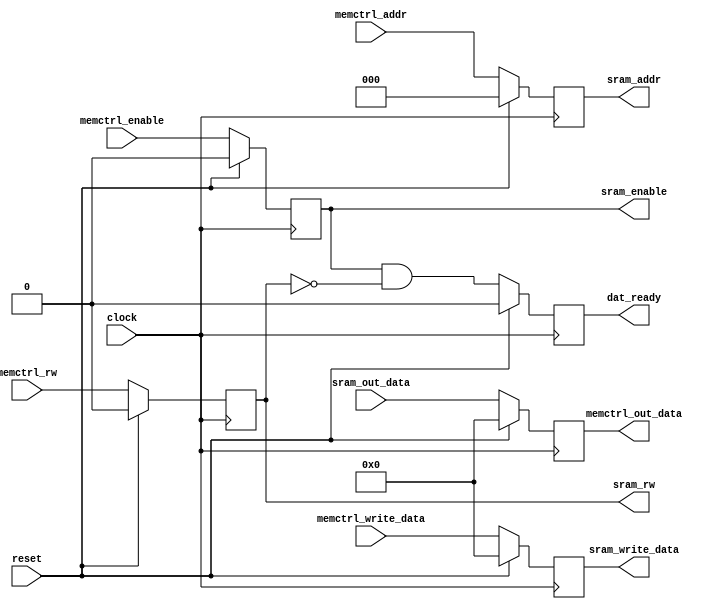
/*
 * Name: sram_controller.v
 * Date/Time: 10/28/2018 02:00
 * ECE564 Final Project Pipelined SRAM Controller
 */

module sram_controller	#(parameter ADDR_WIDTH = 3,
			  parameter DATA_WIDTH = 32)

			 //Input to the SRAM Controller
			(input clock,
			 input reset,
			 input memctrl_enable,
			 input memctrl_rw,
			 input [ADDR_WIDTH-1:0] memctrl_addr,
			 input [DATA_WIDTH-1:0] memctrl_write_data,

			 //Input from the SRAM to SRAM Controller
			 input [DATA_WIDTH-1:0] sram_out_data,

			 //Output from the SRAM Controller
			 output reg dat_ready,
			 output reg [DATA_WIDTH-1:0] memctrl_out_data,

			 //Output from the SRAM Controller to SRAM
			 output reg sram_enable,
			 output reg sram_rw,
			 output reg [DATA_WIDTH-1:0] sram_write_data,
			 output reg [ADDR_WIDTH-1:0] sram_addr);

always@(posedge clock)
begin
	if(reset)
	begin
		sram_enable <= 1'b0;
		sram_rw <= 1'b0;
		sram_write_data <= {DATA_WIDTH-1{1'b0}};
		sram_addr <= {ADDR_WIDTH-1{1'b0}};
		dat_ready <= 1'b0;
		memctrl_out_data <= {DATA_WIDTH-1{1'b0}};
	end
	else
	begin
		sram_enable <= memctrl_enable;
		sram_rw <= memctrl_rw;
		sram_write_data <= memctrl_write_data;
		sram_addr <= memctrl_addr;
		dat_ready <= (sram_enable & ~sram_rw);
		memctrl_out_data = sram_out_data;
	end
end

endmodule